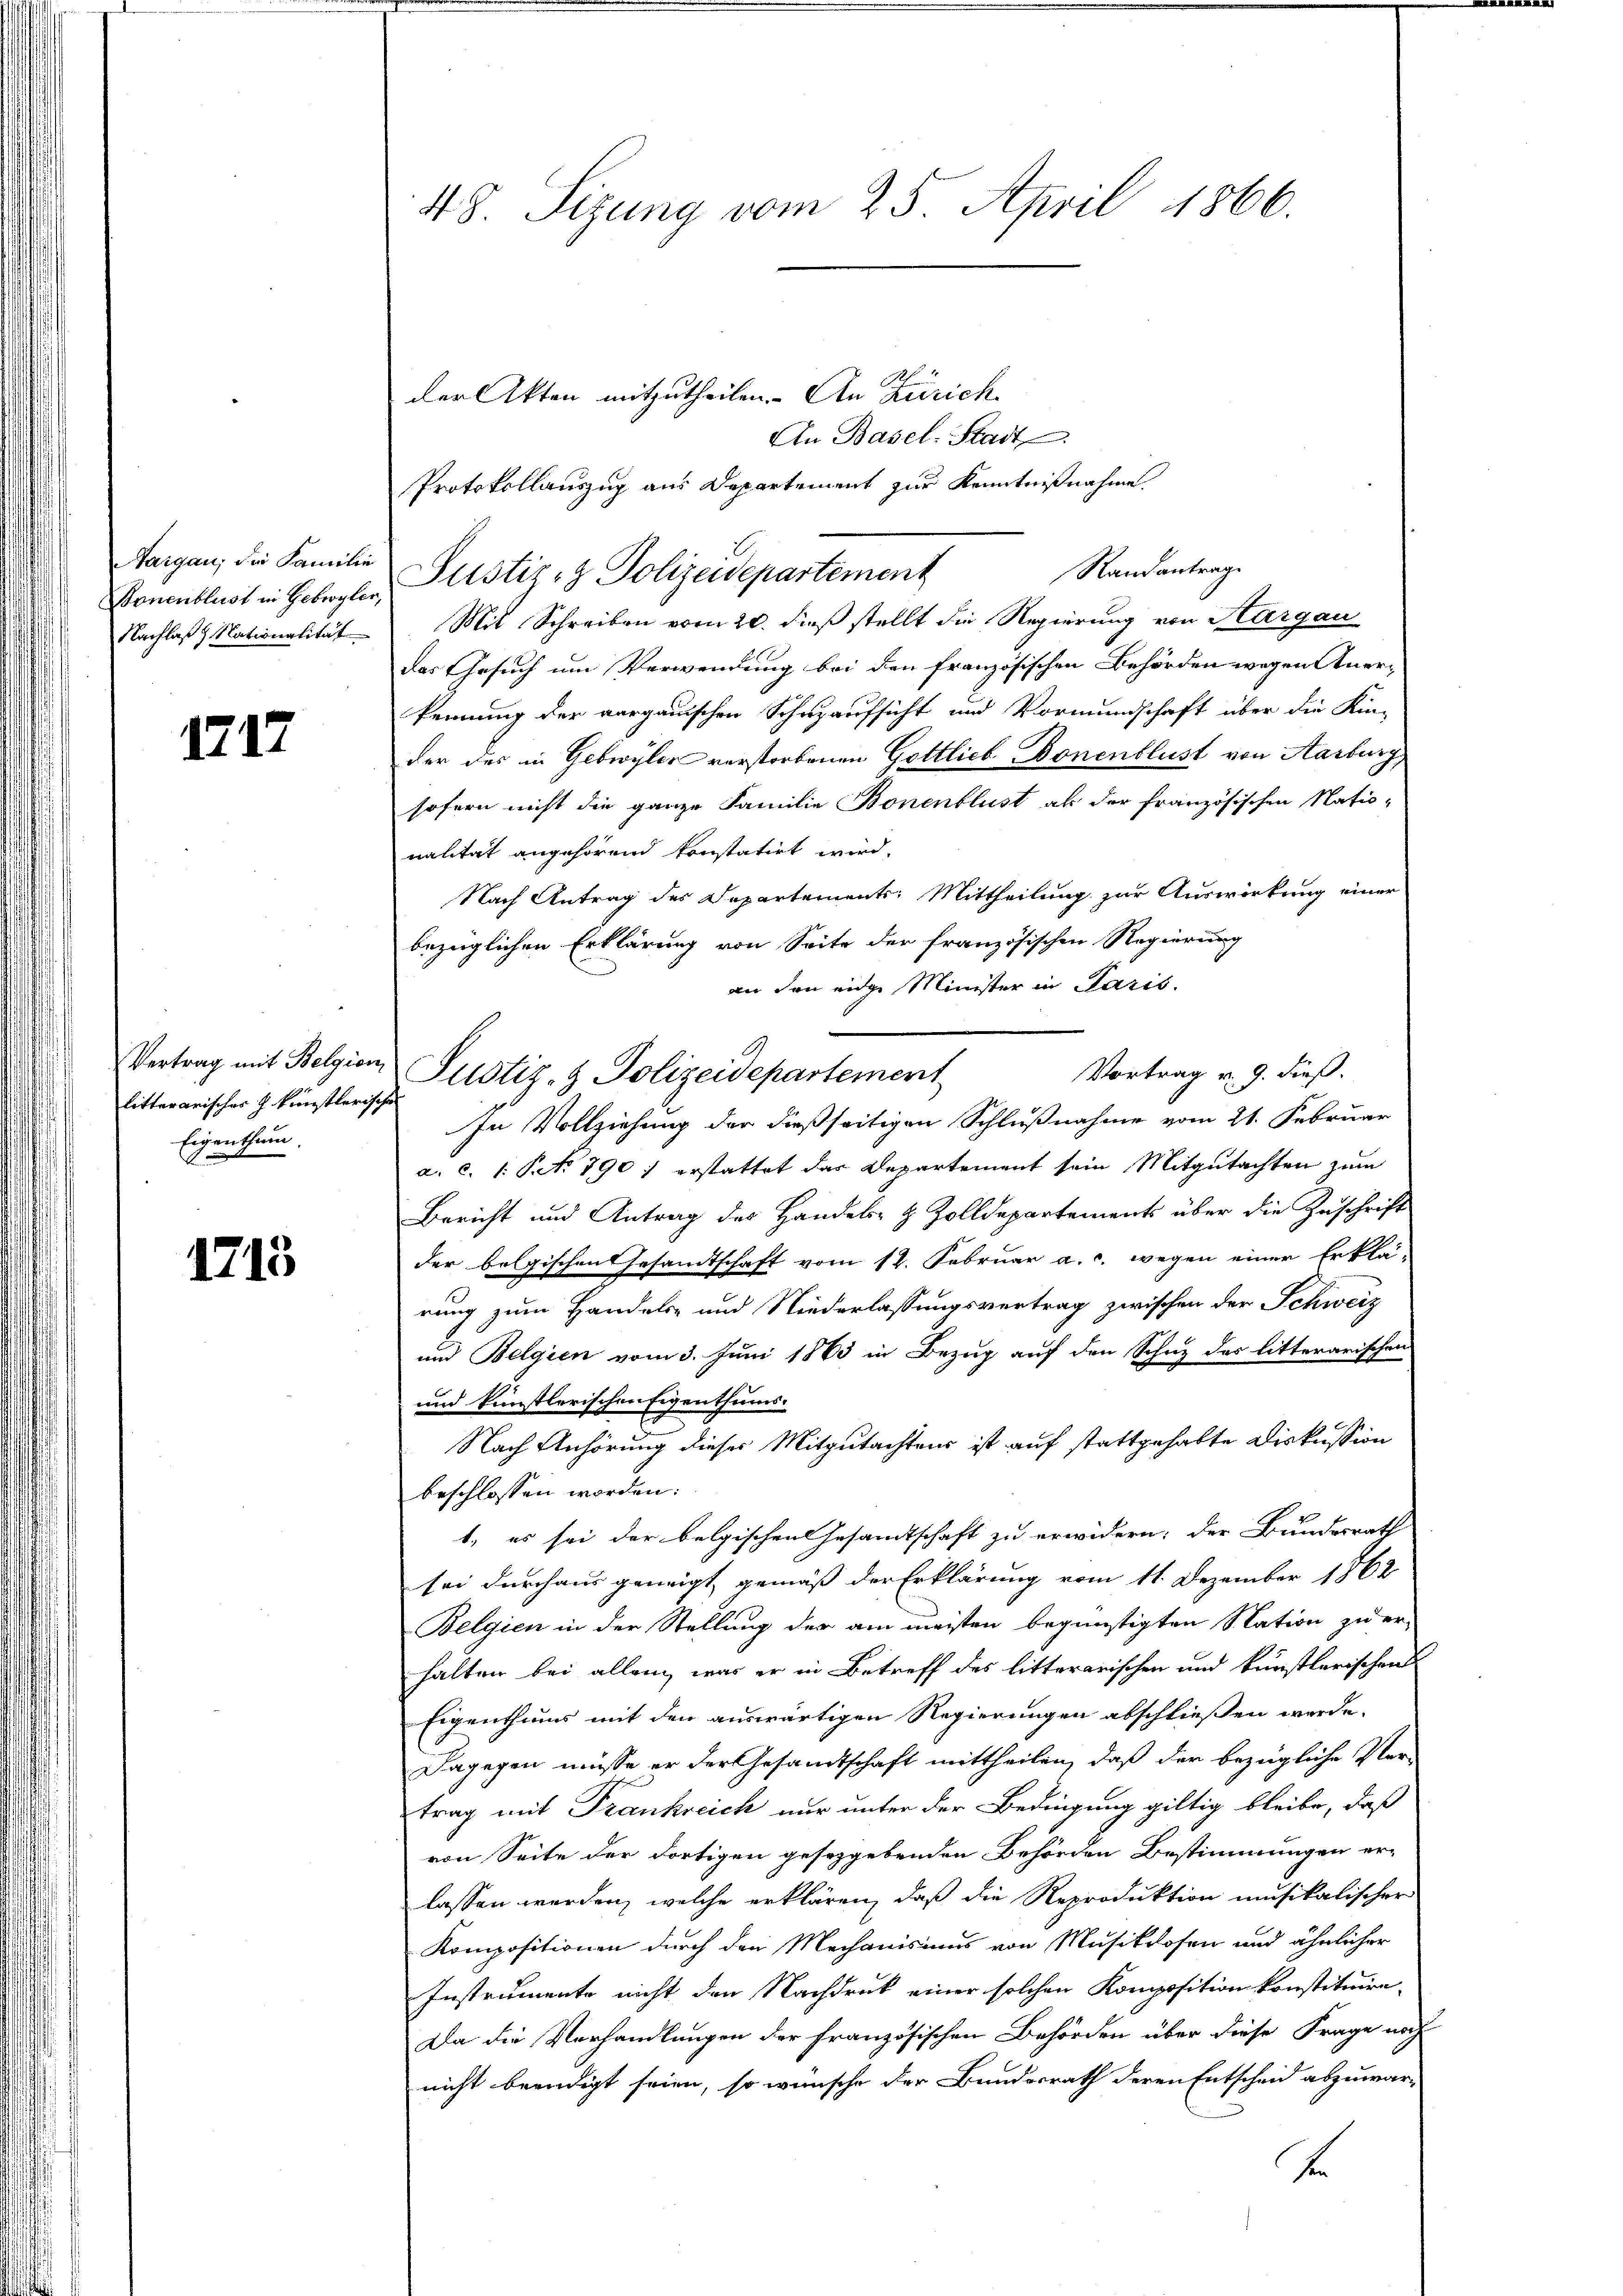
Aargau, die Familie
Bonenblust in Gebroyler
Nachlaß  Nationalität

1717

Vertrag mit Belgier
litterarischer künstlerischen
Eigenthum.

1713

48. Sizung vom 25. April 1866.

der Akten mitzutheilen. An Zürich
An Basel-Stadt
Protokollauszug aus Departement zur Kenntnißnahme
Mit Schreiben vom 20. dieß stellt die Regierung von Aargau
das Gesuch um Verwendung bei den französischen Behörden wegen Anerkennung der aargauischen Schuzaufsicht und Vormundschaft über die Kin-
der des in Gebwyler verstorbenen Gottlieb Bonenblust von Aarburg,
sofern nicht die ganze Familie Bonenblust als der französischen Natio-
nalität angehörend konstatirt wird.
Nach Antrag des Departements: Mittheilung zur Auswirkung einer
bezüglichen Erklärung von Seite der französischen Regierung
an den eidge Minister in Paris.
Vortrag u. 9. dieß.
In Vollziehung der dießseitigen Schlußnahme vom 21. Februar
a. c. 1: Pto 790: erstattet das Departement sein Mitgutachten zum
Bericht und Antrag des Handels- & Zolldepartements über die Zuschrift
der belgischen Gesandtschaft vom 12. Februar a. c. wegen einer Erklä-
rung zum Handels- und Niederlassungsvertrag zwischen der Schweiz
und Belgien vom 3. Juni 1863 in Bezug auf den Schutz des litterarischen
und künstlerischen Eigenthums-
Nach Anhörung dieses Mitgutachtens ist auf stattgehabte Diskussion
beschlossen worden.
1, es sei der belgischen Gesandtschaft zu erwidern; der Bundesrath
sei durchaus geneigt gemäß der Erklärung vom 11. Dezember 1862
Belgien in der Stellung der am meisten begünstigten Nation zu er-
halten bei allein, was er in Betreff des litterarischen und künstlerischen
Eigenthums mit den auswärtigen Regierungen abschließen werde.
Dagegen müsse er der Gesandtschaft mittheilen, daß der bezügliche Ver-
trag mit Frankreich nur unter der Bedingung giltig bleibe, daß
von Seite der dortigen gesezgebenden Behörden Bestimmungen er-
lassen werden, welche erklären, daß die Reproduktion musikalischer
Kompositionen durch den Mechanismus von Musikdosen und ähnlicher
Instrumente nicht den Nachdruck einer solchen Komposition konstituire-
Da die Verhandlungen der französischen Behörden über diese Frage noch
nicht beendigt seien, so wünsche der Bundesrath deren Entscheid abzuwar-
In

Justiz- & Polizeidepartement

Justiz- & Polizeidepartement

Randantrage